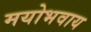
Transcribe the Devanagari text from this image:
मयोभवाय